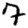
Digit: 7